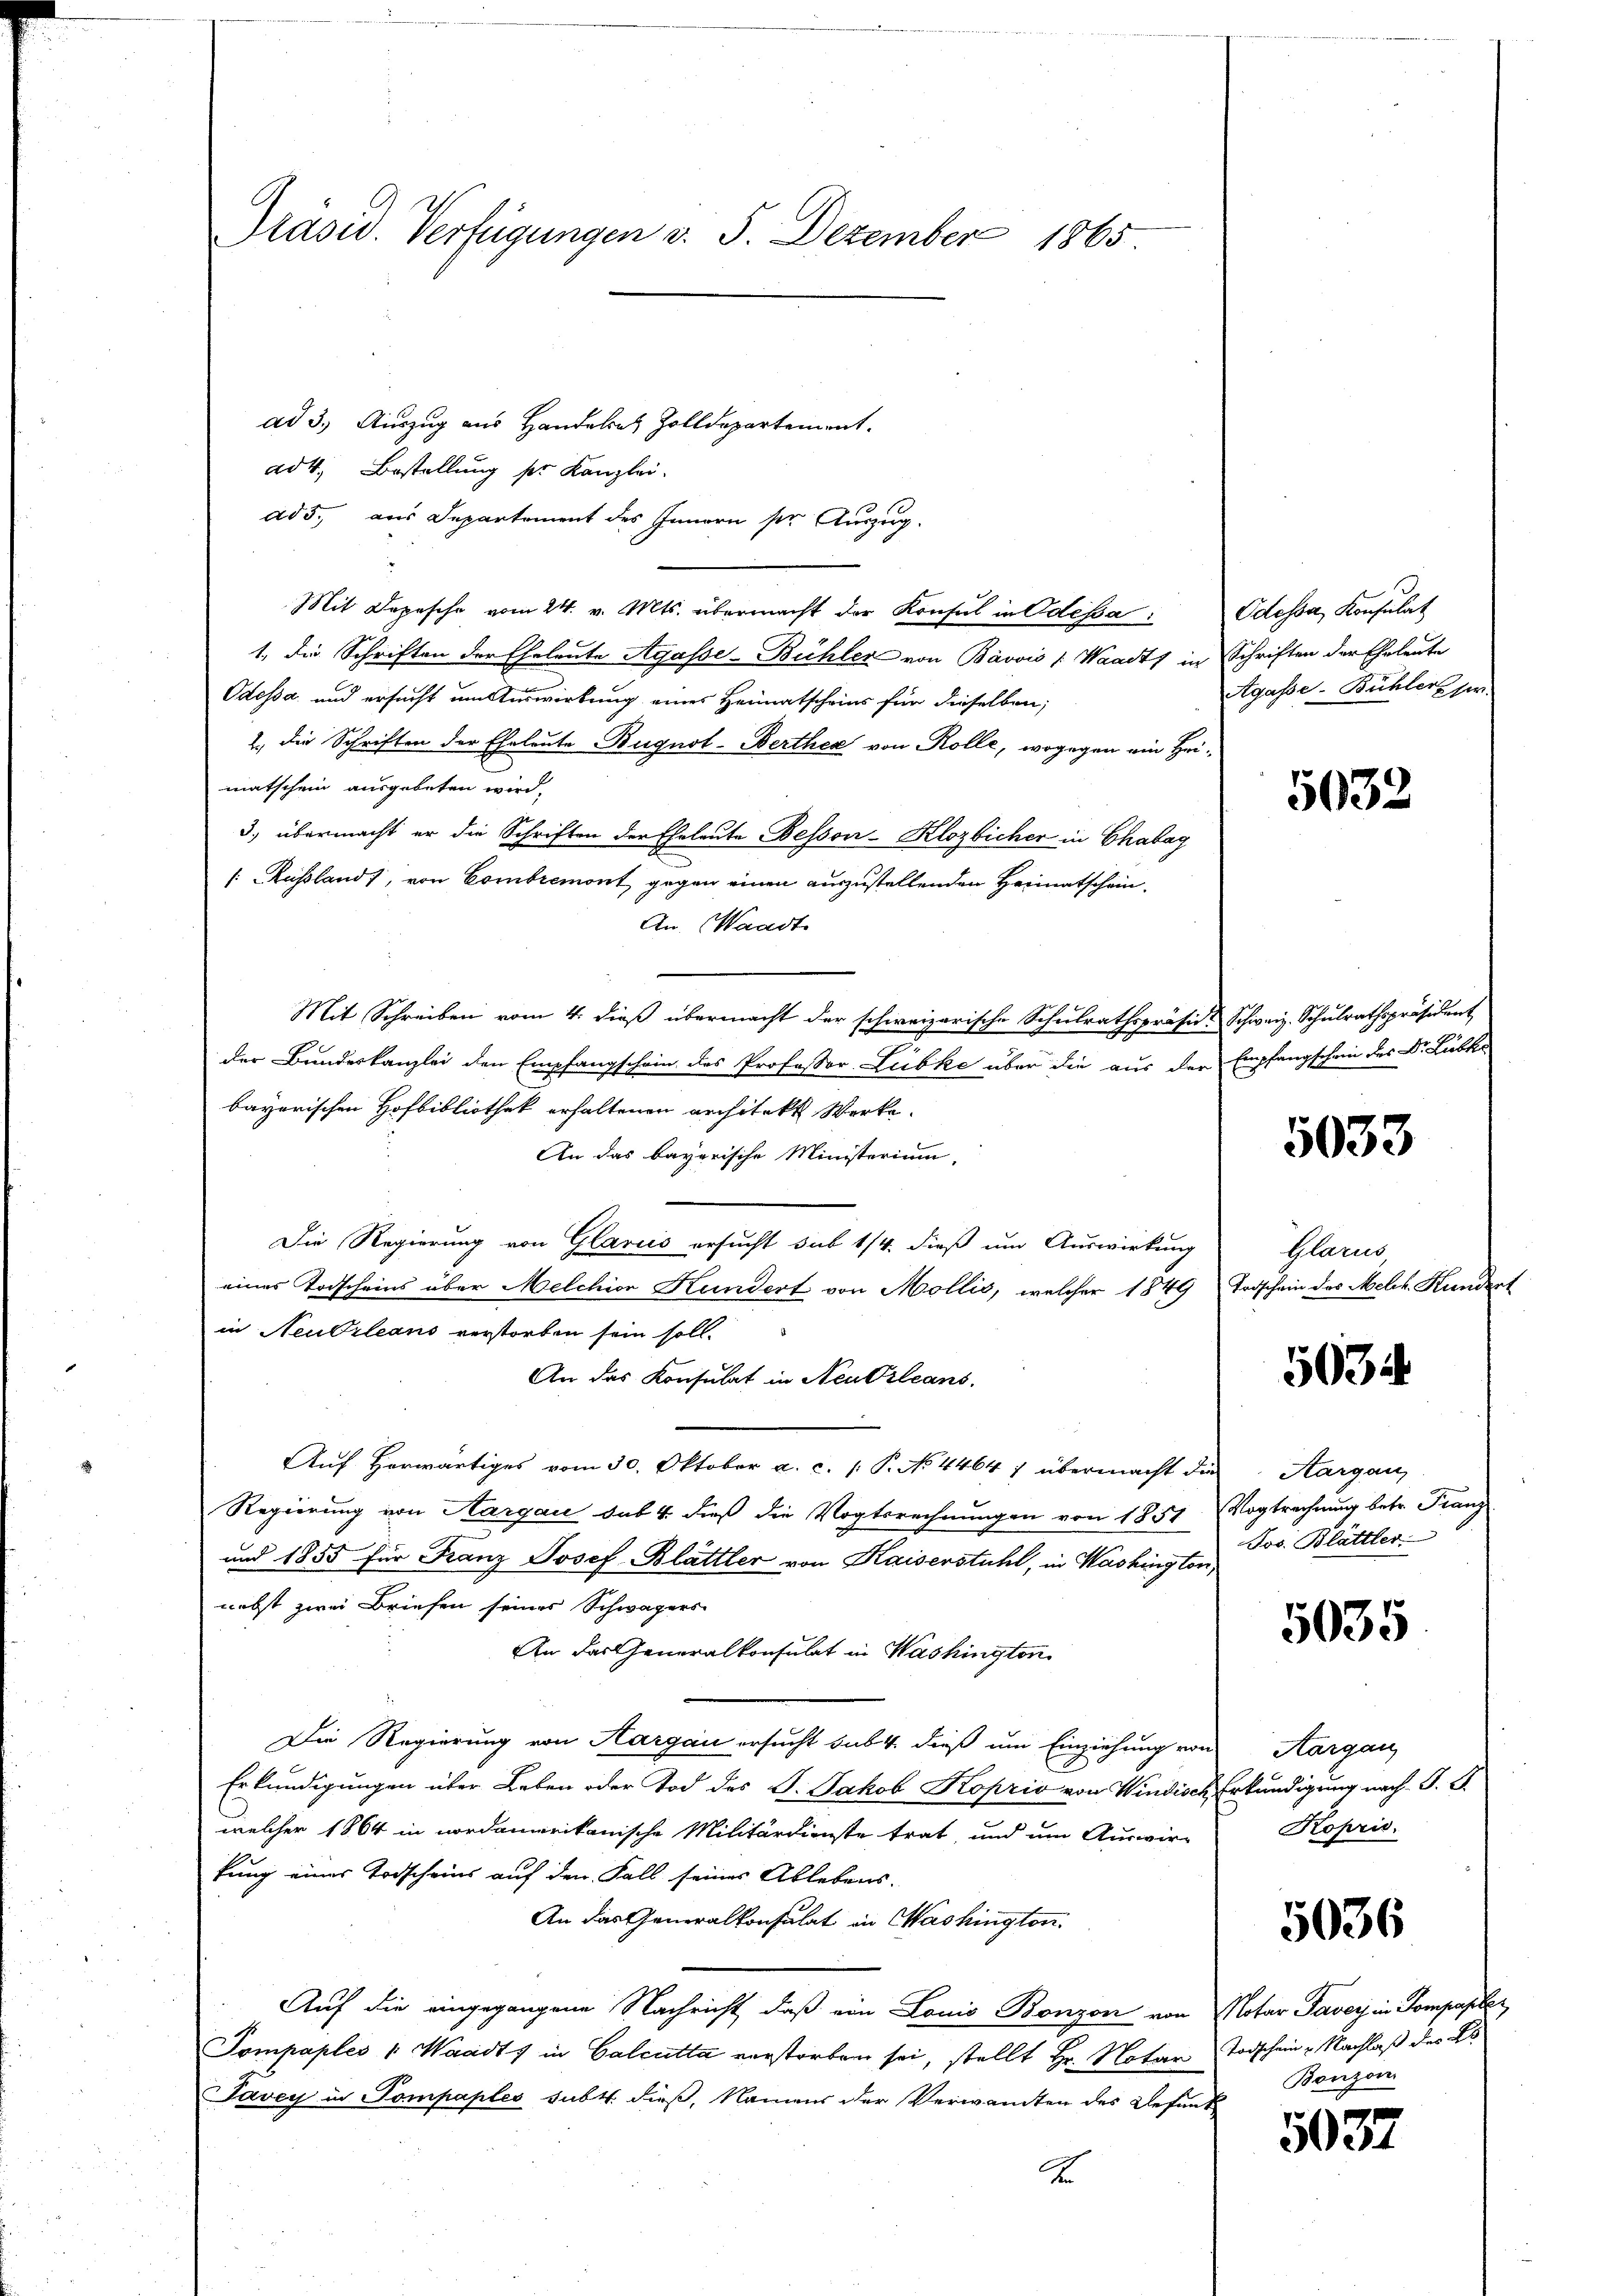
Präsid. Verfügungen v. 5. Dezember 1865
ad 3. Auszug aus Handelsatz Zolldepartement.

ad 4. Bestellung pr. Kanzlei-
ad 5. aus Departement des Innern ser Auszug.
Mit Depesche vom 24. v. Mts. übermacht der Konsul in Odessa: Odessa, Konsulat
1. die Schriften der Eheleute Agasse-Bühler von Bavvis (Waadt in Schriften der Eheleute
Odessa und ersucht um Auswirkung eines Heimatscheins für dieselben;
2., die Schriften der Eheleute Bugnol-Berthea von Rolle, wogegen ein Heimatschein ausgebeten wird.
3) übermacht er die Schriften der Eheleute Bessoir-Klozbicher in Chabag
 Russland), von Combremont, gegen einen auszustellenden Heimatschein.
An Waadt
Mit Schreiben vom 4. dieß übermacht der schweizerische Schulrathspräsid. Schweiz. Schulrathspräsident
der Bundeskanzlei den Empfangschein des Professor Liebke über die aus der Empfangschein des Dr. Lübke
bayerischen Hofbibliothek erhaltenen architekt Werke
An das bayerische Ministerium,
Die Regierung von Glarus ersucht sub 1/4. dieß um Auswirkung
eines Todscheins über Melchion Kundert von Mollis, welcher 1849 Todschein des Melch. Kundert
in Neubrleans verstorben sein soll.
An das Konsulat in Neu Orleans,
Auf herwärtiges vom 30. Oktober a. c. (: P. No 4464 ) übermacht die Aargau,
Regierung von Aargau das 4. dieß die Vogtsrechnungen von 1851 Vogtrechnung betr. Franz
und 1855 für Franz Josef Blättler von Kaiserstuhl, in Washington,
nebst zwei Briefen seines Schwägers
An das Generalkonsulat in Washington
Die Regierung von Aargau ersucht sub 4. dieß um Einziehung von
Erkundigungen über Leben oder Tod des J. Jakob Koprio von Windisch Erkundigung nach G. S.
welcher 1864 in nordamerikanische Militärdienste trat, und um Auswir-
fung eines Todscheins auf den Fall seines Ablebens-
An das Generalkonsulat in Washington.
Auf die eingegangene Nachricht, daß ein Louis Bonzon von Notar Taver in Pompasler
Pompaples 1 Waadt, in Calcutta verstorben sei, stellt Hr. Notar Todschein - Nachlaß des Es
Tavey in Pompaples subt. dieß, Namens der Verwandten des Wesent
A

Agasse-Bühler per

5032

5033

Glarus,

5034

Jos. Blättler

5035

Aargau,
Kopris.

5036

Bonzon

5037